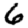
Digit: 6